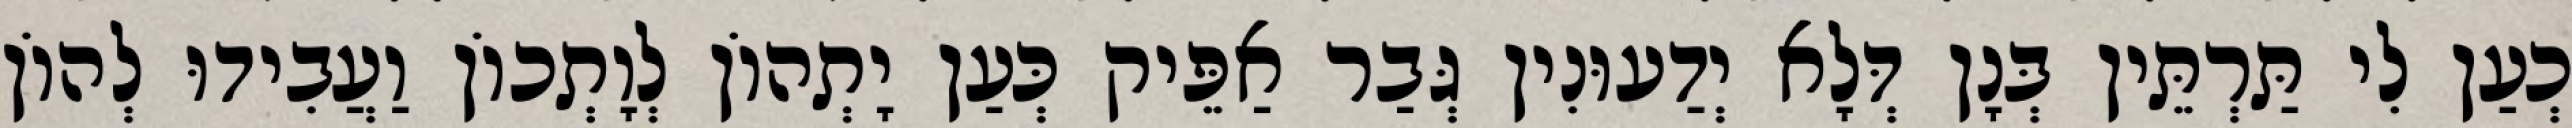
כְעַן לִי תַּרְתֵּין בְּנָן דְּלָא יְדַעוּנִין גְּבַר אַפֵּיק כְּעַן יָתְהוֹן לְוָתְכוֹן וַעֲבִידוּ לְהוֹן